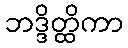
ဘဒ္ဒိတ္ထိကာ